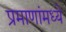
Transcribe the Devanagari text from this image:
प्रमाणांमध्ये